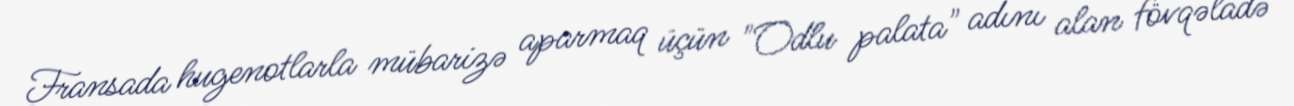
Fransada hugenotlarla mübarizə aparmaq üçün "Odlu palata" adını alan fövqəladə